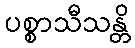
ပစ္စာသီသန္တိ